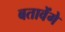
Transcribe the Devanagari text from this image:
बतावेंगे